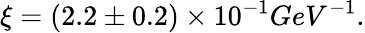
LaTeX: \xi=(2.2\pm 0.2)\times 10^{-1}GeV^{-1}.